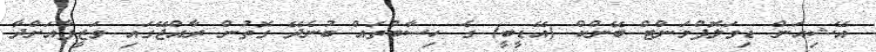
އޭޝިއަން ޑިވަލޮޕްމަންޓް ބޭންކް (އޭޑީބީ) ގެ ހިސާބުތައް ބުނެދޭ ގޮތުން ރާއްޖޭގައި ވަޒީފާއަށްދާ